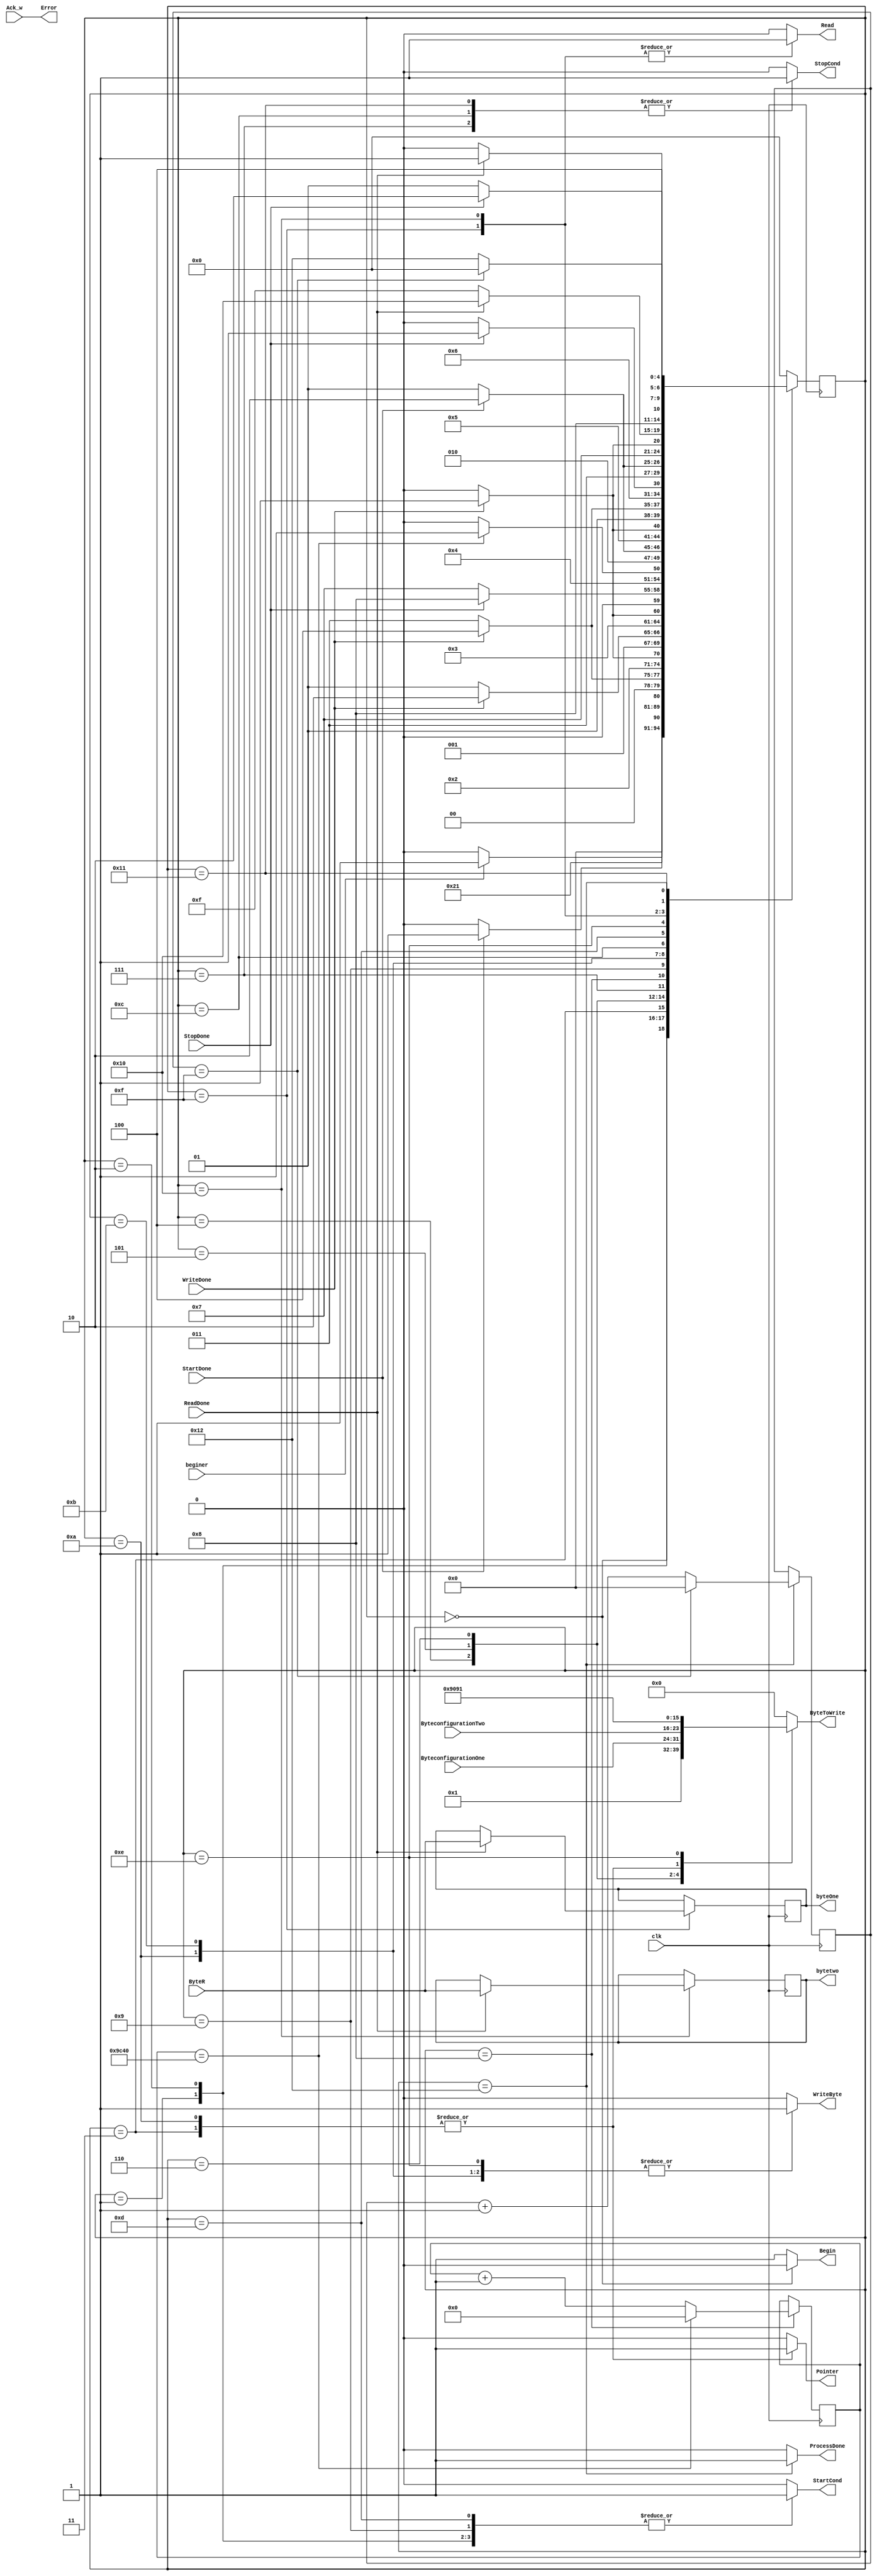
`timescale 1ns / 1ps
//////////////////////////////////////////////////////////////////////////////////
// Company: 
// Engineer: 
// 
// Design Name: 
// Module Name:    Controller 
// Project Name: 
// Target Devices: 
// Tool versions: 
// Description: 
//
// Dependencies: 
//
// Revision: 
// Revision 0.01 - File Created
// Additional Comments: 
//
//////////////////////////////////////////////////////////////////////////////////
module Controller(input clk,beginer, input [7:0] ByteconfigurationOne,ByteconfigurationTwo,
	input WriteDone,Ack_w,ReadDone,StopDone,
	StartDone,input[7:0] ByteR, output reg[7:0] ByteToWrite,
	output reg WriteByte,Pointer,Read,StopCond,StartCond,Begin,
	output reg[7:0] byteOne, output reg[7:0] bytetwo,output Error, output reg ProcessDone
    );

localparam  IDLE_C=5'd0;
localparam  BEGIN_C=5'd1;
localparam  START_CONF=5'd2;
localparam  WRITE_SLAVE_ADRESS_CONF=5'd3;
localparam  WRITE_POINTER_CONF=5'd4;
localparam  WRITE_CONF_ONE=5'd5;
localparam  WRITE_CONF_TWO=5'd6;
localparam  STOP_CONF=5'd7;
localparam  WAIT_SEC=5'd8;
localparam  START=5'd9;
localparam  WRITE_SLAVE_ADRESS_READ=5'd10;
localparam  WRITE_POINTER_READ=5'd11;
localparam  STOP_READ=5'd12;
localparam  START_RED=5'd13;
localparam  WRITE_SLAVE_ADRESS_READ_HIGH=5'd14;
localparam  READ_BYTE_ONE=5'd15;
localparam  READ_BYTE_TWO=5'd16;
localparam  STOP_READ_END=5'd17;
localparam  GENERAL_DONE=5'd18;

reg[15:0] waiterFree=16'd0;
reg[4:0] stateC;
reg[3:0] WaiterForSincronice=1'b0;

assign Error=Ack_w;

always@(posedge clk)begin//*-
case(stateC)
	IDLE_C:begin
		if(beginer)begin//-
			stateC<=BEGIN_C;
		end else begin//-
			stateC<=IDLE_C;
		end//-
	end
	BEGIN_C:begin
		stateC<=START_CONF;
	end
	START_CONF:begin
		if(StartDone)begin
			stateC<=WRITE_SLAVE_ADRESS_CONF;
		end else begin
			stateC<=START_CONF;
		end
	end
	WRITE_SLAVE_ADRESS_CONF:begin
		if(WriteDone)begin//-
			stateC<=WRITE_POINTER_CONF;
		end else begin//-
			stateC<=WRITE_SLAVE_ADRESS_CONF;
		end//-
	end
	WRITE_POINTER_CONF:begin
		if(WriteDone)begin
			stateC<=WRITE_CONF_ONE;
		end else begin
			stateC<=WRITE_POINTER_CONF;
		end
	end
	WRITE_CONF_ONE:begin
		if(WriteDone)begin
			stateC<=WRITE_CONF_TWO;
		end else begin
			stateC<=WRITE_CONF_ONE;
		end
	end
	WRITE_CONF_TWO:begin
		if(WriteDone)begin
			stateC<=STOP_CONF;
		end else begin
			stateC<=WRITE_CONF_TWO;
		end
	end
	STOP_CONF:begin
		if(StopDone)begin
			stateC<=WAIT_SEC;
		end else begin
			stateC<=STOP_CONF;
		end
	end
	WAIT_SEC:begin
		if(waiterFree==16'd40000)begin
			waiterFree<=16'd0;
			stateC<=START;
		end else begin
			waiterFree<=waiterFree+1'b1;
			stateC<=WAIT_SEC;
		end
	end
	START:begin	
		if(StartDone)begin
			stateC<=WRITE_SLAVE_ADRESS_READ;
		end else begin
			stateC<=START;
		end
	end
	WRITE_SLAVE_ADRESS_READ:begin
		if(WriteDone)begin
			stateC<=WRITE_POINTER_READ;
		end else begin
			stateC<=WRITE_SLAVE_ADRESS_READ;
		end
	end
	WRITE_POINTER_READ:begin
		if(WriteDone)begin
			stateC<=STOP_READ;
		end else begin
			stateC<=WRITE_POINTER_READ;
		end
	end
	STOP_READ:begin
		if(StopDone)begin
			stateC<=START_RED;
		end else begin
			stateC<=STOP_READ;
		end
	end
	START_RED:begin
		if(StartDone)begin
			stateC<=WRITE_SLAVE_ADRESS_READ_HIGH;
		end else begin
			stateC<=START_RED;
		end
	end
	WRITE_SLAVE_ADRESS_READ_HIGH:begin
		if(WriteDone)begin
			stateC<=READ_BYTE_ONE;
		end else begin
			stateC<=WRITE_SLAVE_ADRESS_READ_HIGH;
		end
	end
   	READ_BYTE_ONE:begin
		if(ReadDone)begin
			byteOne<=ByteR;
			stateC<=READ_BYTE_TWO;
		end else begin
			stateC<=READ_BYTE_ONE;
		end
	end
	READ_BYTE_TWO:begin
		if(ReadDone)begin
			bytetwo<=ByteR;
			stateC<=STOP_READ_END;
		end else begin
			stateC<=READ_BYTE_TWO;
		end	
	end
	STOP_READ_END:begin
		if(StopDone)begin
			stateC<=GENERAL_DONE;
		end else begin
			stateC<=STOP_READ_END;
		end
	end
	GENERAL_DONE:begin
		if(WaiterForSincronice==4'd15)begin
			WaiterForSincronice<=4'd0;
			stateC<=IDLE_C;
		end else begin
			stateC<=GENERAL_DONE;
			WaiterForSincronice<=WaiterForSincronice+1'b1;
		end
	end
	default:begin
		stateC<=IDLE_C;
	end
endcase
end//*-

always@(*)begin//**-
case(stateC)
	IDLE_C:begin
		Begin=1'b0;
		WriteByte=1'b0;
		Pointer=1'b0;
		Read=1'b0;
		StopCond=1'b0;
		StartCond=1'b0;
		ByteToWrite=8'h00;
		//---------------
		ProcessDone=1'b0;
	end
	BEGIN_C:begin
		Begin=1'b1;
		WriteByte=1'b0;
		Pointer=1'b0;
		Read=1'b0;
		StopCond=1'b0;
		StartCond=1'b1;
		ByteToWrite=8'h00;
		//---------------
		ProcessDone=1'b0;
	end
	START_CONF:begin
		Begin=1'b1;
		WriteByte=1'b1;
		Pointer=1'b0;
		Read=1'b0;
		StopCond=1'b0;
		StartCond=1'b1;
		ByteToWrite=8'h00;
		//---------------
		ProcessDone=1'b0;
	end
	WRITE_SLAVE_ADRESS_CONF:begin
		Begin=1'b1;
		WriteByte=1'b1;
		Pointer=1'b1;
		Read=1'b0;
		StopCond=1'b0;
		StartCond=1'b0;
		ByteToWrite=8'h90;
		//---------------
		ProcessDone=1'b0;
	end
	WRITE_POINTER_CONF:begin
		Begin=1'b1;
		WriteByte=1'b1;
		Pointer=1'b0;
		Read=1'b0;
		StopCond=1'b0;
		StartCond=1'b0;
		ByteToWrite=8'h01;
		//---------------
		ProcessDone=1'b0;		
	end
	WRITE_CONF_ONE:begin
		Begin=1'b1;
		WriteByte=1'b1;
		Pointer=1'b0;
		Read=1'b0;
		StopCond=1'b0;
		StartCond=1'b0;
		ByteToWrite=ByteconfigurationOne;
		//ByteToWrite=8'hD3;//Full scale 4.096 volts but don't exeed the VDD+0.3, if vdd<4 volts never reach full binary escale 
		//---------------
		ProcessDone=1'b0;
	end
	WRITE_CONF_TWO:begin
		Begin=1'b1;
		WriteByte=1'b1;
		Pointer=1'b0;
		Read=1'b0;
		StopCond=1'b0;
		StartCond=1'b0;
		ByteToWrite=ByteconfigurationTwo;
		//ByteToWrite=8'h83;
		//---------------
		ProcessDone=1'b0;
	end
	STOP_CONF:begin
		Begin=1'b1;
		WriteByte=1'b0;
		Pointer=1'b0;
		Read=1'b0;
		StopCond=1'b1;
		StartCond=1'b0;
		ByteToWrite=8'h00;
		//---------------
		ProcessDone=1'b0;
	end
	WAIT_SEC:begin
		Begin=1'b1;
		WriteByte=1'b0;
		Pointer=1'b0;
		Read=1'b0;
		StopCond=1'b0;
		StartCond=1'b0;	
		ByteToWrite=8'h00;
		//---------------
		ProcessDone=1'b0;
	end
	START:begin
		Begin=1'b1;
		WriteByte=1'b0;
		Pointer=1'b0;
		Read=1'b0;
		StopCond=1'b0;
		StartCond=1'b1;	
		ByteToWrite=8'h00;
		//---------------
		ProcessDone=1'b0;
	end
	WRITE_SLAVE_ADRESS_READ:begin
		Begin=1'b1;
		WriteByte=1'b1;
		Pointer=1'b1;
		Read=1'b0;
		StopCond=1'b0;
		StartCond=1'b0;	
		ByteToWrite=8'h90;
		//---------------
		ProcessDone=1'b0;
	end
	WRITE_POINTER_READ:begin
		Begin=1'b1;
		WriteByte=1'b1;
		Pointer=1'b0;
		Read=1'b0;
		StopCond=1'b0;
		StartCond=1'b0;
		ByteToWrite=8'h00;
		//---------------
		ProcessDone=1'b0;
	end
	STOP_READ:begin
		Begin=1'b1;
		WriteByte=1'b0;
		Pointer=1'b0;
		Read=1'b0;
		StopCond=1'b1;
		StartCond=1'b0;	
		ByteToWrite=8'h00;
		//---------------
		ProcessDone=1'b0;
	end
	START_RED:begin
		Begin=1'b1;
		WriteByte=1'b0;
		Pointer=1'b0;
		Read=1'b0;
		StopCond=1'b0;
		StartCond=1'b1;	
		ByteToWrite=8'h00;
		//---------------
		ProcessDone=1'b0;
	end
	WRITE_SLAVE_ADRESS_READ_HIGH:begin
		Begin=1'b1;
		WriteByte=1'b1;
		Pointer=1'b0;
		Read=1'b0;
		StopCond=1'b0;
		StartCond=1'b0;		
		ByteToWrite=8'h91;
		//---------------
		ProcessDone=1'b0;
	end
        READ_BYTE_ONE:begin
		Begin=1'b1;
		WriteByte=1'b0;
		Pointer=1'b0;
		Read=1'b1;
		StopCond=1'b0;
		StartCond=1'b0;		
		ByteToWrite=8'h00;
		//---------------
		ProcessDone=1'b0;
	end
	READ_BYTE_TWO:begin
		Begin=1'b1;
		WriteByte=1'b0;
		Pointer=1'b0;
		Read=1'b1;
		StopCond=1'b0;
		StartCond=1'b0;		
		ByteToWrite=8'h00;
		//---------------
		ProcessDone=1'b0;
	end
	STOP_READ_END:begin
		Begin=1'b1;
		WriteByte=1'b0;
		Pointer=1'b0;
		Read=1'b0;
		StopCond=1'b1;
		StartCond=1'b0;		
		ByteToWrite=8'h00;
		//---------------
		ProcessDone=1'b0;
	end
	GENERAL_DONE:begin
		Begin=1'b1;
		WriteByte=1'b0;
		Pointer=1'b0;
		Read=1'b0;
		StopCond=1'b0;
		StartCond=1'b0;		
		ByteToWrite=8'h00;
		//---------------
		ProcessDone=1'b1;

	end
	default:begin
		Begin=1'b1;
		WriteByte=1'b0;
		Pointer=1'b0;
		Read=1'b0;
		StopCond=1'b0;
		StartCond=1'b0;		
		ByteToWrite=8'h00;
		//---------------
		ProcessDone=1'b0;		
	end
endcase
end//**-



endmodule